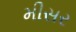
મીસર